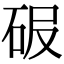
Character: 𥑊